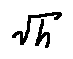
\sqrt { h }